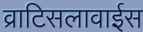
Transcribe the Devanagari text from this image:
व्राटिसलावाईस